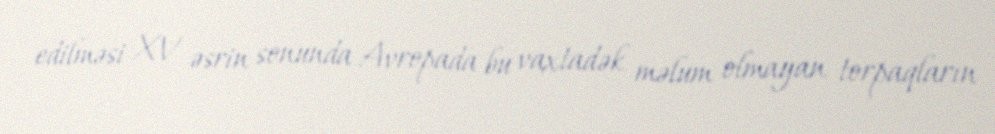
edilməsi XV əsrin sonunda Avropada bu vaxtadək məlum olmayan torpaqların